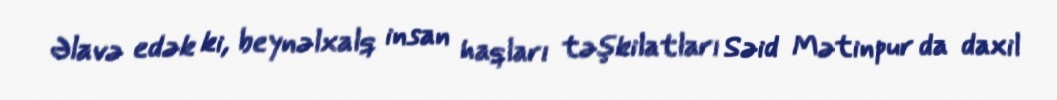
Əlavə edək ki, beynəlxalq insan haqları təşkilatları Səid Mətinpur da daxil